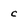
Character: c